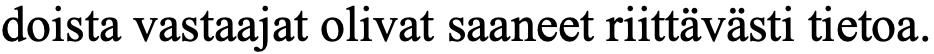
doista vastaajat olivat saaneet riittävästi tietoa.